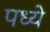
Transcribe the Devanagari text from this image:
पध्ये